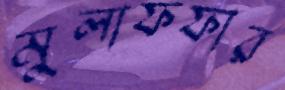
মুলাফফার